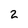
Character: 2